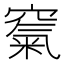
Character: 𥧔